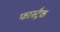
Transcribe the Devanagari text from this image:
फास्ट्रैक